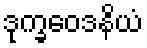
ဒုက္ခဝေဒနိယံ